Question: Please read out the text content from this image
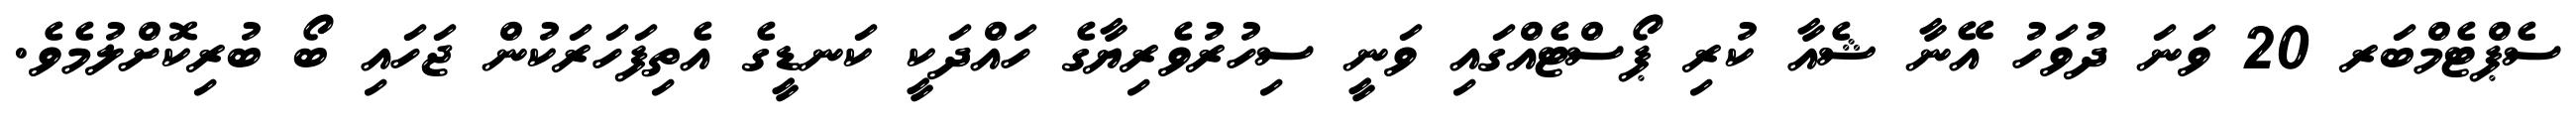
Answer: ސެޕްޓެމްބަރ 20 ވަނަ ދުވަހު އޭނާ ޝެއާ ކުރި ޕޯސްޓެއްގައި ވަނީ ސިހުރުވެރިޔާގެ ހައްދަކީ ކަނޑީގެ އެތިފަހަރަކުން ޖަހައި ބޯ ބުރިކޮށްލުމެވެ.